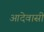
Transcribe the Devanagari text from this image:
आदेवासी